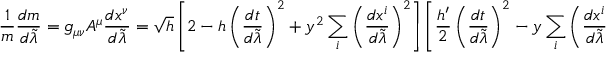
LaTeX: { \frac { 1 } { m } } { \frac { d m } { d \tilde { \lambda } } } = g _ { \mu \nu } A ^ { \mu } { \frac { d x ^ { \nu } } { d \tilde { \lambda } } } = \sqrt { h } \left[ 2 - h \left( { \frac { d t } { d \tilde { \lambda } } } \right) ^ { 2 } + y ^ { 2 } \sum _ { i } \left( { \frac { d x ^ { i } } { d \tilde { \lambda } } } \right) ^ { 2 } \right] \left[ { \frac { h ^ { \prime } } { 2 } } \left( { \frac { d t } { d \tilde { \lambda } } } \right) ^ { 2 } - y \sum _ { i } \left( { \frac { d x ^ { i } } { d \tilde { \lambda } } } \right) ^ { 2 } \right] .